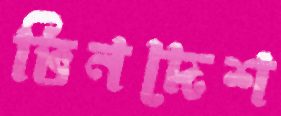
ভিনদেশ